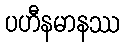
ပဟီနမာနဿ